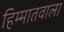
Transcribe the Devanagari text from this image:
हिम्मातवाला